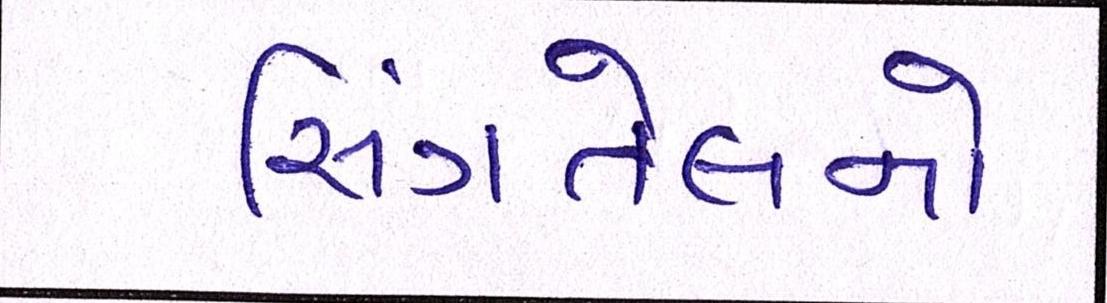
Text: સિંગતેલનો